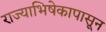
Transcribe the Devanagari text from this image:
राज्याभिषेकापासून